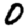
Digit: 0